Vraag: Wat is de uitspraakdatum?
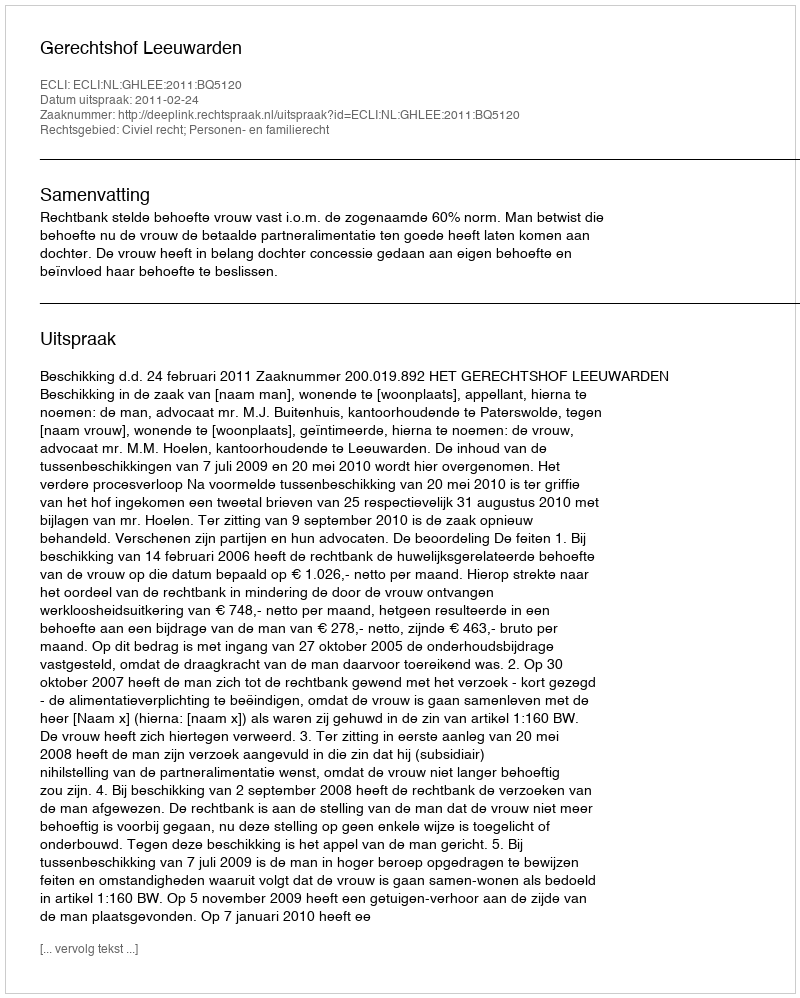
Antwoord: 2011-02-24